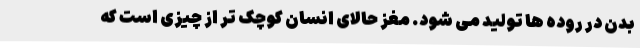
بدن در روده ها تولید می شود. مغز حالای انسان کوچک تر از چیزی است که